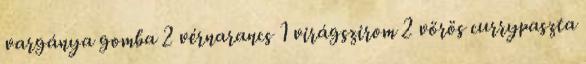
vargánya gomba 2 vérnarancs 1 virágszirom 2 vörös currypaszta